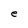
Character: e